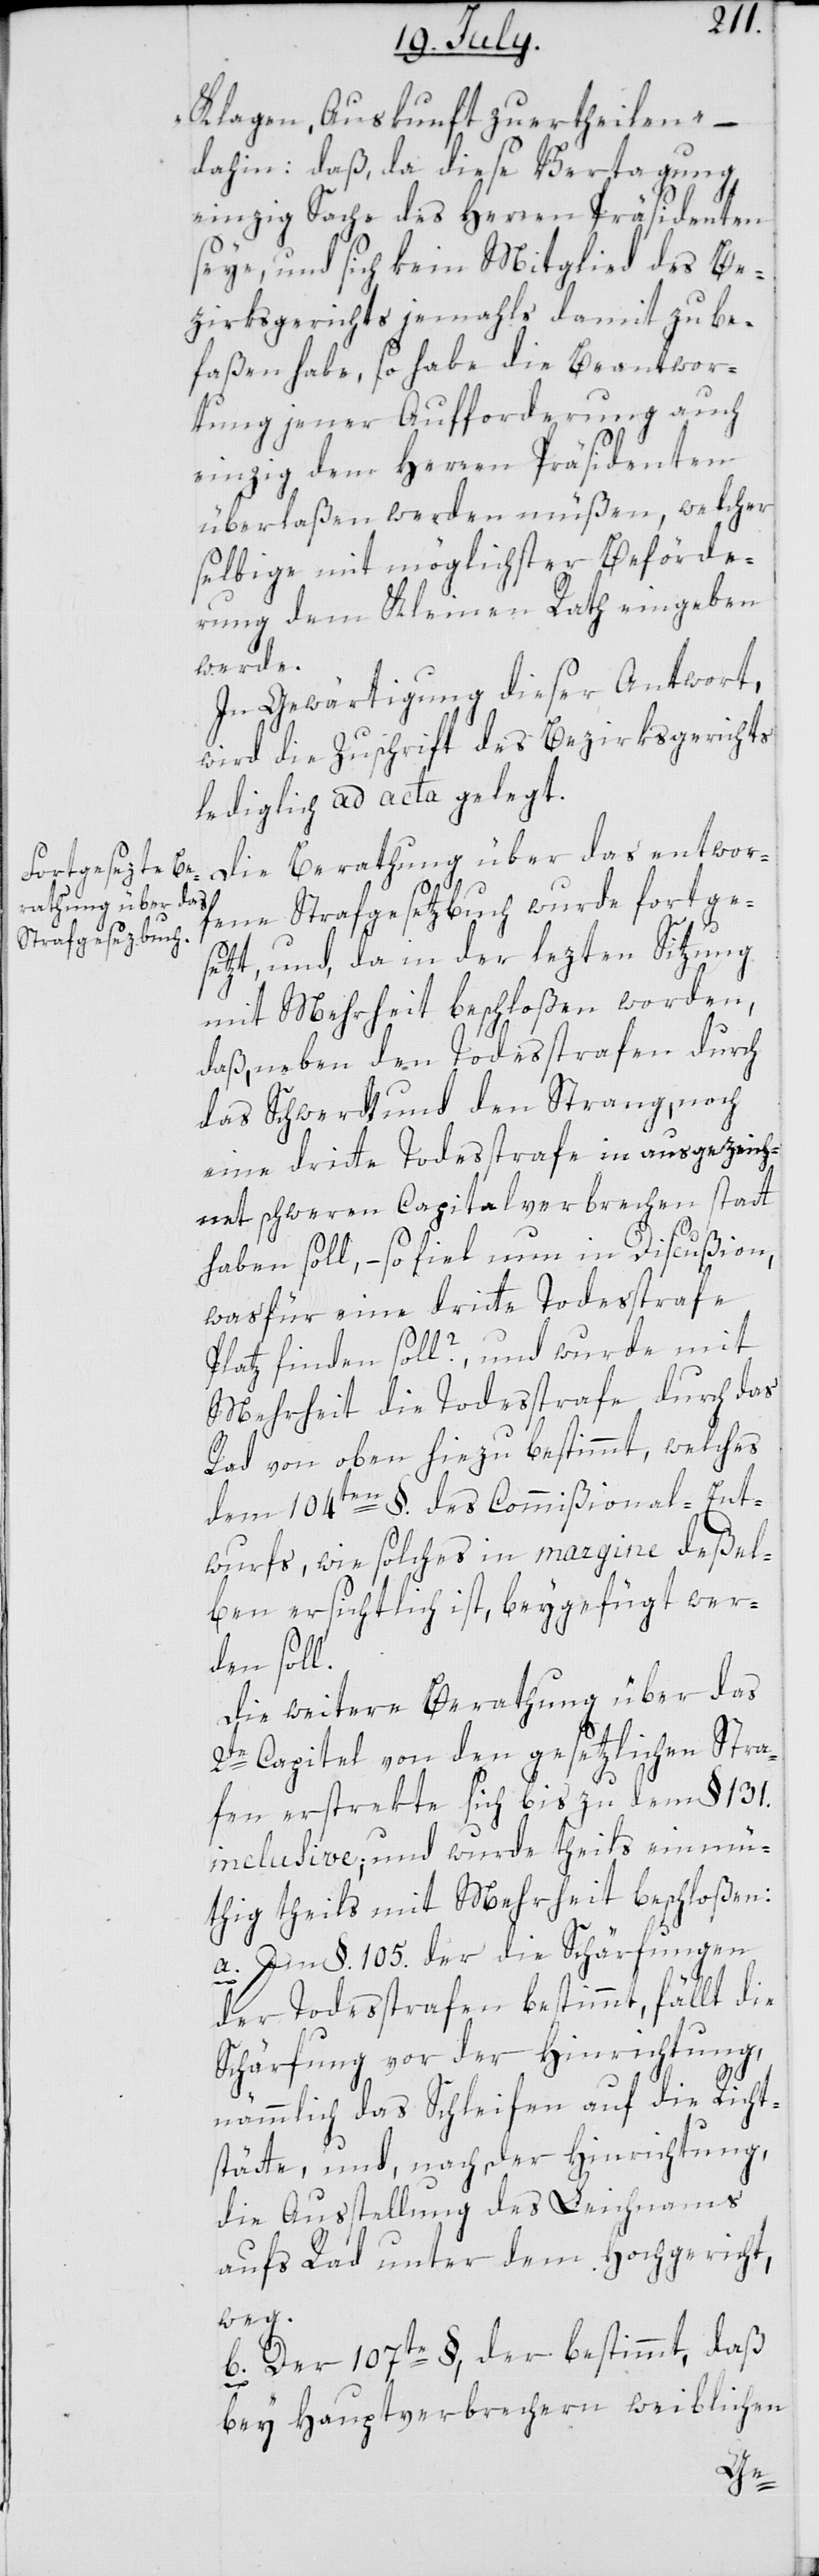
Klagen, Auskunft zu ertheilen“ –
dahin: daß, da diese Vertagung
einzig Sache des Herren Präsidenten
seye, und sich kein Mitglied des Be¬
zirksgerichts jemahls damit zu be¬
faßen habe, so habe die Beantwor¬
tung jener Aufforderung auch
einzig dem Herren Präsidenten
überlaßen werden müßen, welcher
selbige mit möglichster Beförde¬
rung dem Kleinen Rath eingeben
werde.
In Gewärtigung dieser Antwort
wird die Zuschrift des Bezirksgerichts
lediglich ad acta gelegt.
Die Berathung über das entwor¬
fene Strafgesetzbuch wurde fortge¬
setzt, und da in der lezten Sitzung
mit Mehrheit beschloßen worden,
daß, neben den Todesstrafen durch
das Schwerdt und den Strang, noch
eine dritte Todesstrafe in ausgezeich¬
net schweren Capitalverbrechen statt
haben soll, – so fiel nun in Discußion,
wasfür eine dritte Todesstrafe
Platz finden soll?, und wurde mit
Mehrheit die Todesstrafe durch das
Rad von oben hiezu bestimmt, welches
dem 104ten §. des Commißional-Ent¬
wurfs, wie solches in margine deßel¬
ben ersichtlich ist, beygefügt wer¬
den soll.
Die weitere Berathung über das
2te Capitel von den gesetzlichen Stra¬
fen erstrekte sich bis zu dem § 131.
inclusive; und wurde theils einmü¬
thig theils mit Mehrheit beschloßen:
a. Im §. 105. der die Schärfungen
der Todesstrafen bestimmt, fällt die
Schärfung vor der Hinrichtung,
nämmlich das Schleifen auf die Richt¬
stätte, und, nach der Hinrichtung,
die Ausstellung des Leichnams
aufs Rad unter dem Hochgericht,
weg.
b. Der 107te §, der bestimmt, daß
bey Hauptverbrechern weiblichen